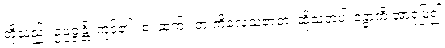
တို့သည်။ ဥပ္ပဇ္ဇန္တိ၊ ကုန်၏။ စ၊ ဆက်။ တံ ကိလေသဇာတံ၊ ထိုသူတပါးခန္ဓာကို အာရုံပြု၍